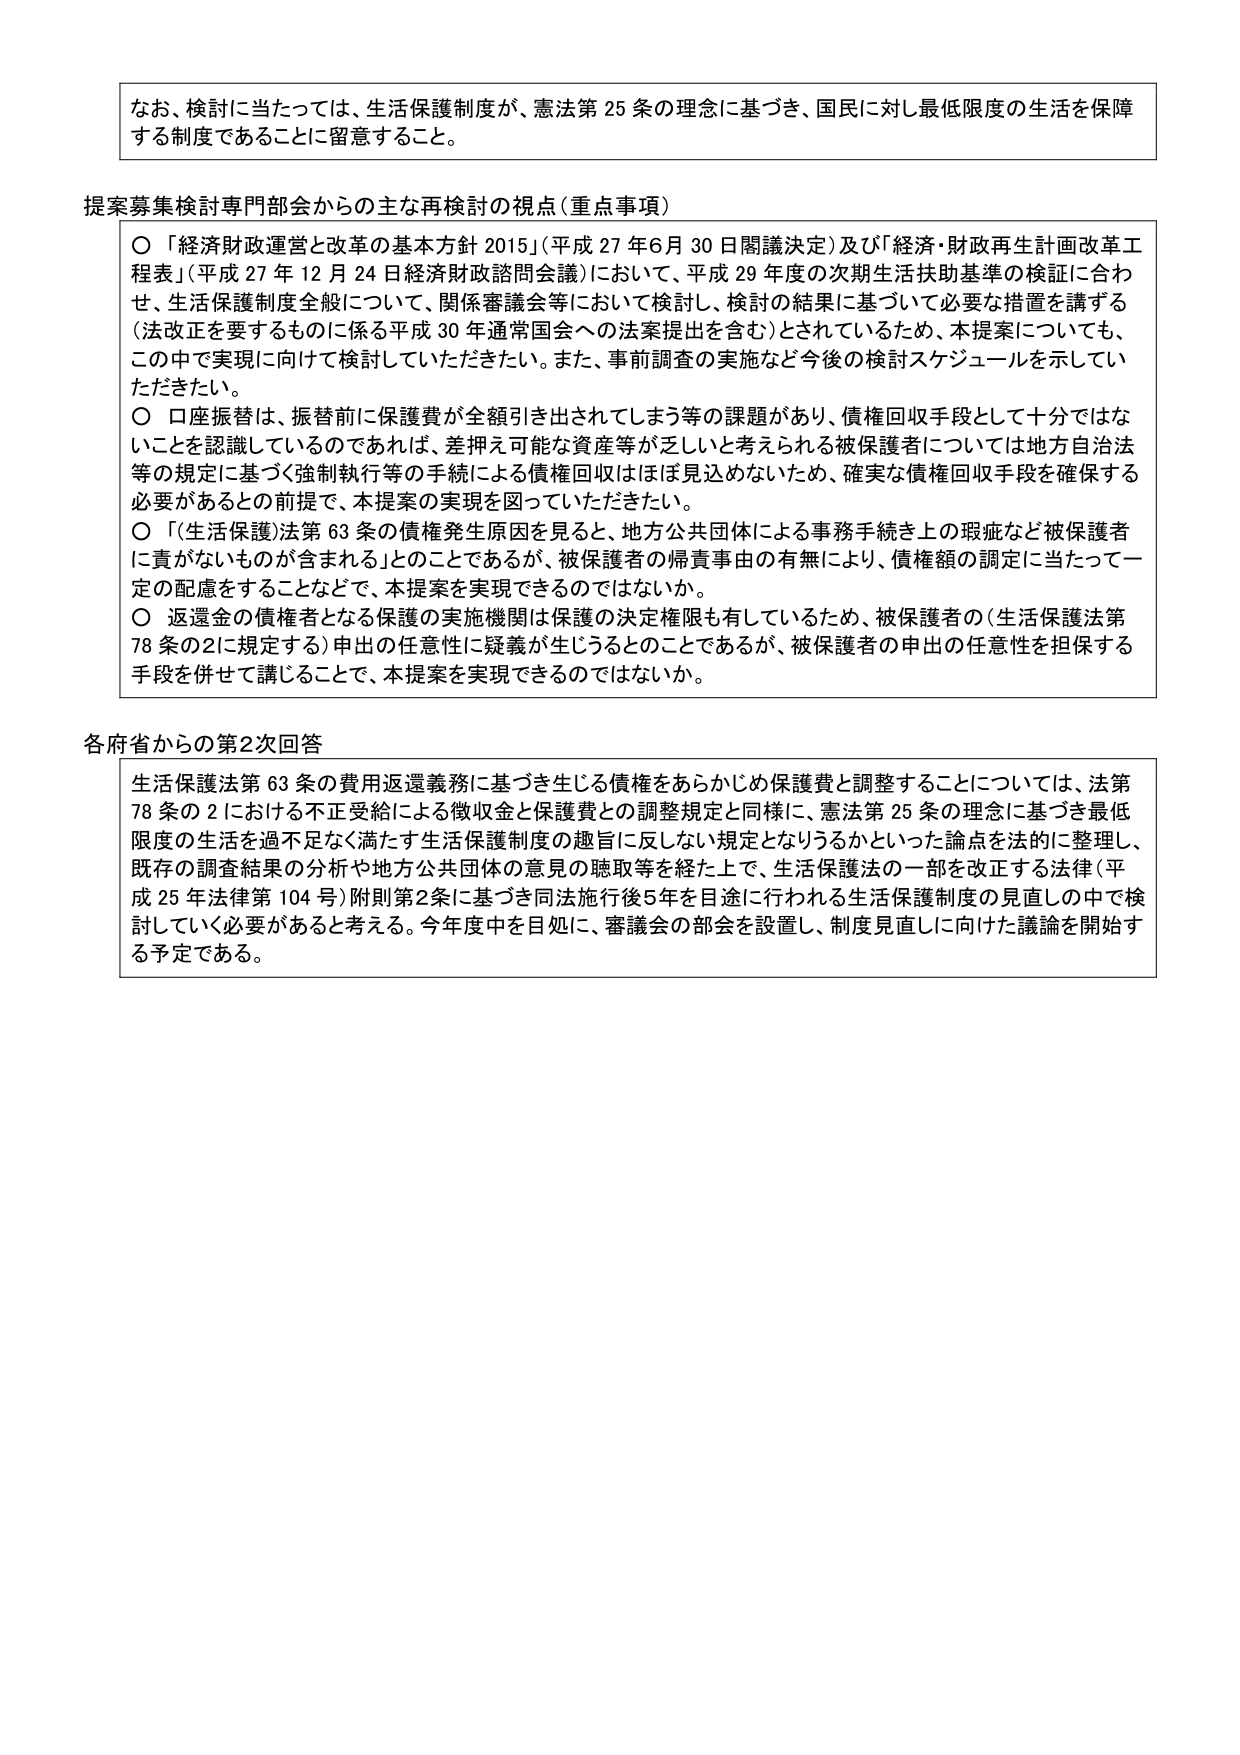
なお、検討に当たっては、生活保護制度が、憲法第25条の理念に基づき、国民に対し最低限度の生活を保障する制度であることに留意すること。

提案募集検討専門部会からの主な再検討の視点（重点事項）

○「経済財政運営と改革の基本方針2015」（平成27年6月30日閣議決定）及び「経済・財政再生計画改革工程表」（平成27年12月24日経済財政諮問会議）において、平成29年度の次期生活扶助基準の検証に合わせ、生活保護制度全般について、関係審議会等において検討し、検討の結果に基づいて必要な措置を講ずる（法改正を要するものに係る平成30年通常国会への法案提出を含む）とされているため、本提案についても、この中で実現に向けて検討していただきたい。また、事前調査の実施など今後の検討スケジュールを示していただきたい。

○口座振替は、振替前に保護費が全額引き出されてしまう等の課題があり、債権回収手段として十分ではないことを認識しているのであれば、差押え可能な資産等が乏しいと考えられる被保護者については地方自治法等の規定に基づく強制執行等の手続による債権回収はほぼ見込めないため、確実な債権回収手段を確保する必要があるとの前提で、本提案の実現を図っていただきたい。

○「（生活保護）法第63条の債権発生原因を見ると、地方公共団体による事務手続き上の瑕疵など被保護者に責がないものが含まれる」とのことであるが、被保護者の帰責事由の有無により、債権額の認定に当たって一定の配慮をすることなどで、本提案を実現できるのではないか。

○返還金の債権者となる保護の実施機関は保護の決定権限も有しているため、被保護者の（生活保護法第78条の2に規定する）申出の任意性に疑義が生じうとのことであるが、被保護者の申出の任意性を担保する手段を併せて講じることで、本提案を実現できるのではないか。

各府省からの第2次回答

生活保護法第63条の費用返還義務に基づき生じる債権をあらかじめ保護費と調整することについては、法第78条の2における不正受給による徴収金と保護費との調整規定と同様に、憲法第25条の理念に基づき最低限度の生活を過不足なく満たす生活保護制度の趣旨に反しない規定となりうるかといった論点を法的に整理し、既存の調査結果の分析や地方公共団体の意見の聴取等を経た上で、生活保護法の一部を改正する法律（平成25年法律第104号）附則第2条に基づき同法施行後5年を目途に行われる生活保護制度の見直しの中で検討していく必要があると考える。今年度中を目処に、審議会の部会を設置し、制度見直しに向けた議論を開始する予定である。